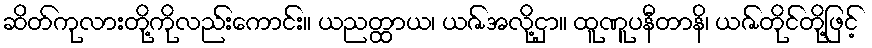
ဆိတ်ကုလားတို့ကိုလည်းကောင်း။ ယညတ္ထာယ၊ ယဇ်အလို့ငှာ။ ထူဏူပနီတာနိ၊ ယဇ်တိုင်တို့ဖြင့်